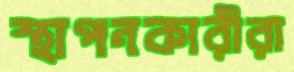
স্থাপনকারীরা